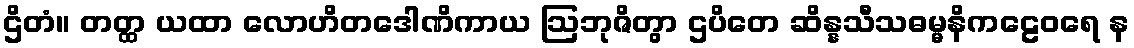
ဌိတံ။ တတ္ထ ယထာ လောဟိတဒေါဏိကာယ ဩဘုဇိတွာ ဌပိတေ ဆိန္နသီသဓမ္မနိကဠေဝရေ န